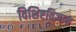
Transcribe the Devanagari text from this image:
विशिष्टविज्ञान